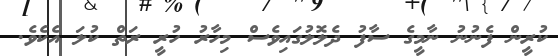
ކުރީން ފެނުނު ނާމީގެ ސާފު ދެލޮލުގައިވެސް މިހާރު ހުރީ ރަތް ކުލަ އެކެވެ.